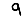
Digit: 9